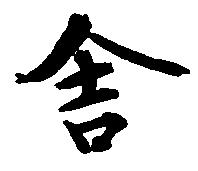
舎